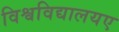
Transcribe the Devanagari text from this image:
विश्वविद्यालयए